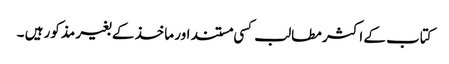
کتاب کے اکثر مطالب کسی مستند اور ماخذ کے بغیر مذکور ہیں ۔